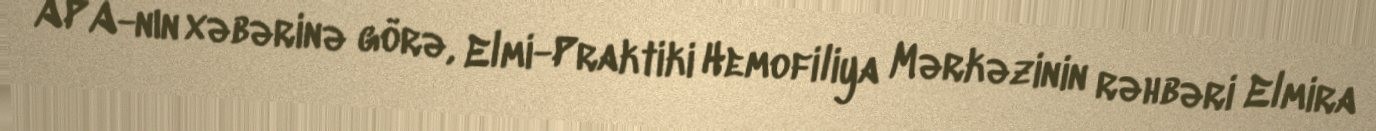
APA-nın xəbərinə görə, Elmi-Praktiki Hemofiliya Mərkəzinin rəhbəri Elmira